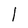
Character: l